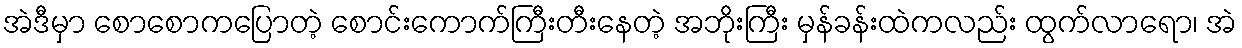
အဲဒီမှာ စောစောကပြောတဲ့ စောင်းကောက်ကြီးတီးနေတဲ့ အဘိုးကြီး မှန်ခန်းထဲကလည်း ထွက်လာရော၊ အဲ